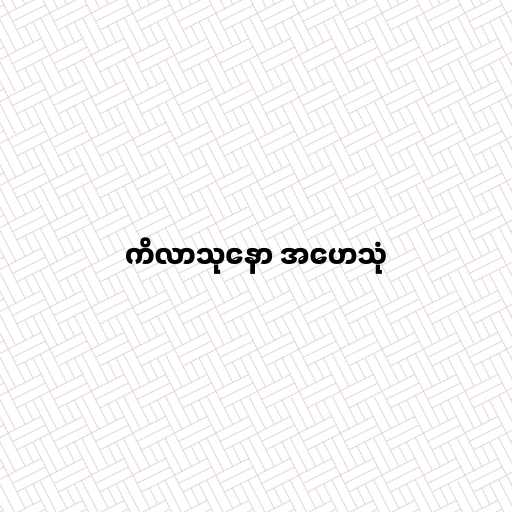
ကိလာသုနော အဟေသုံ